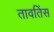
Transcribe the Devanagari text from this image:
तावतिंस